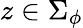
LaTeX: z\in\Sigma_{\phi}